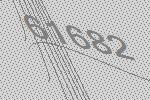
61682